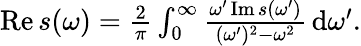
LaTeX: \begin{array}{r}{\operatorname{Re}s(\omega)=\frac{2}{\pi}\int_{0}^{\infty}\frac{\omega^{\prime}\operatorname{Im}s(\omega^{\prime})}{(\omega^{\prime})^{2}-\omega^{2}}\, \mathrm{d}\omega^{\prime}.}\end{array}